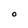
Character: 0